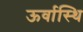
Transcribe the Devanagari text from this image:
ऊर्वास्थि